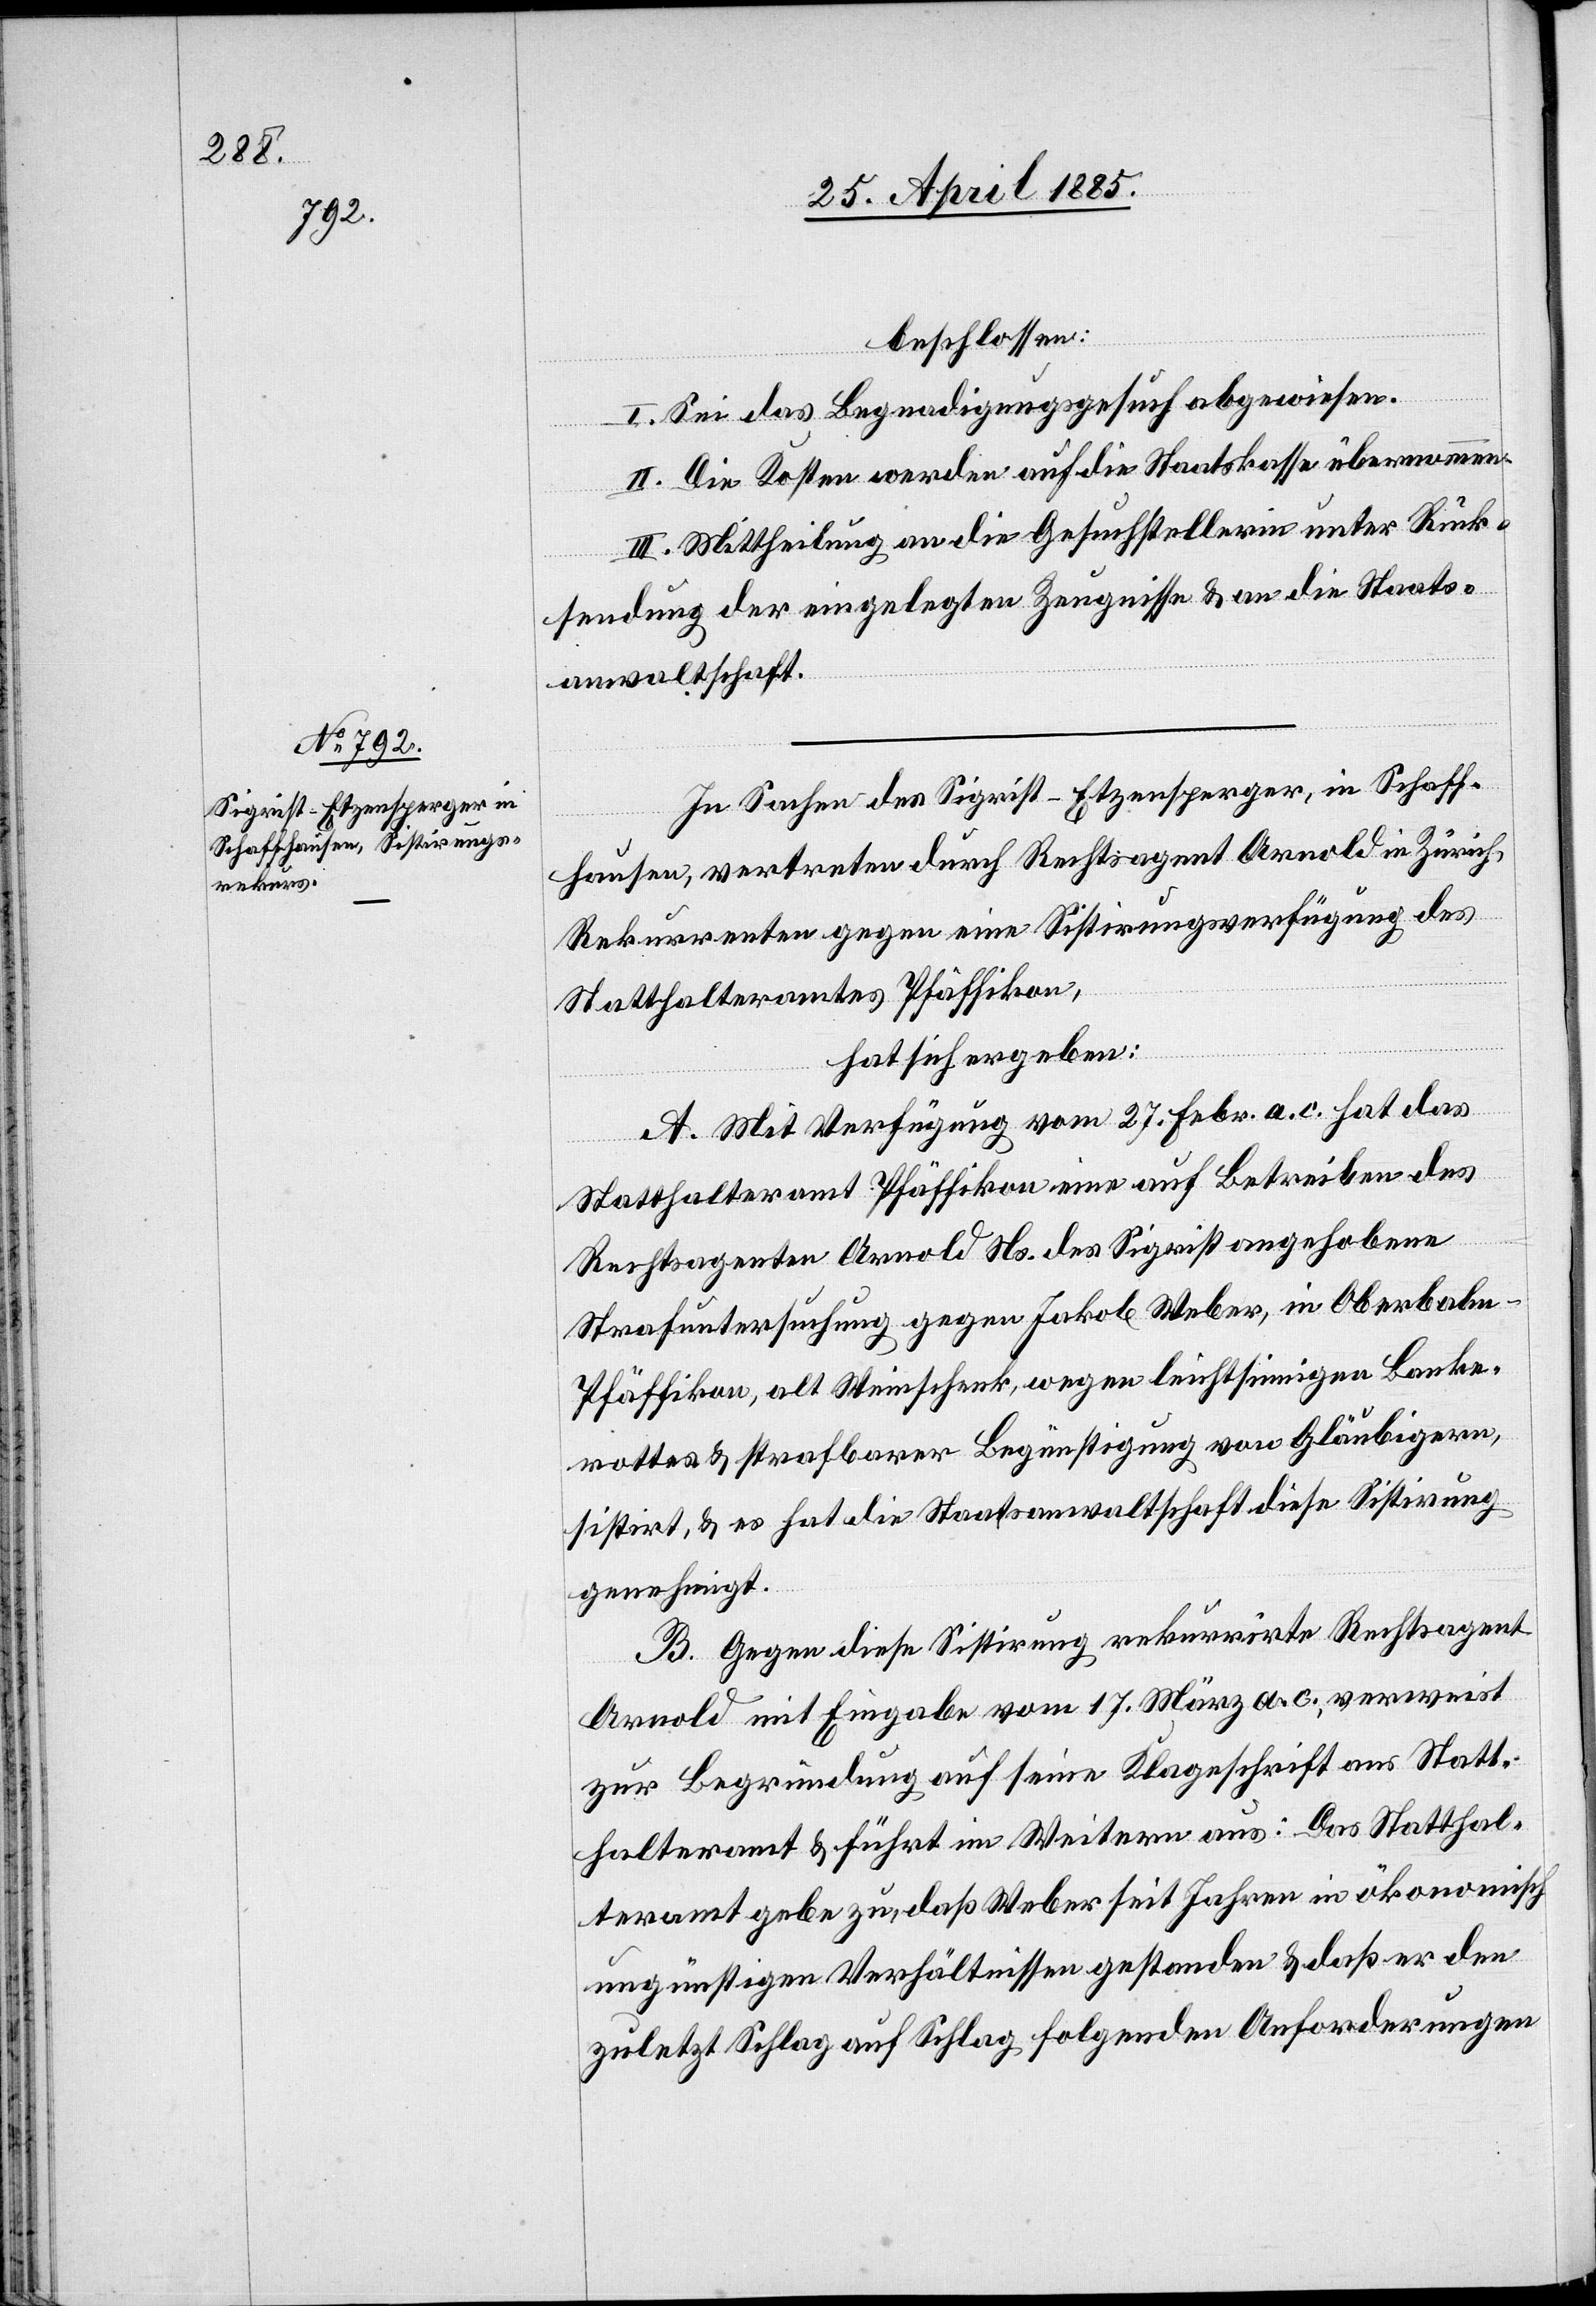
beschlossen:
I. Sei das Begnadigungsgesuch abgewiesen.
II. Die Kosten werden auf die Staatskasse übernommen.
III. Mittheilung an die Gesuchstellerin unter Rück¬
sendung der eingelegten Zeugnisse & an die Staats¬
anwaltschaft.
In Sachen des Sigrist-Etzensperger, in Schaff¬
hausen, vertreten durch Rechtsagent Arnold in Zürich,
Rekurrenten gegen eine Sistirungsverfügung des
Statthalteramtes Pfäffikon,
hat sich ergeben:
A. Mit Verfügung vom 27. Febr. a. c hat das
Statthalteramt Pfäffikon eine auf Betreiben des
Rechtsagenten Arnold Ns. des Sigrist angehobene
Strafuntersuchung gegen Jakob Weber, in Oberbalm
Pfäffikon, alt Weinschenk, wegen leichtsinnigen Banke¬
rottes & strafbarer Begünstigung von Gläubigern,
sistirt, & es hat die Staatsanwaltschaft diese Sistirung
genehmigt.
B. Gegen diese Sistirung rekurrirte Rechtsagent
Arnold mit Eingabe vom 17. März a. c., verweist
zur Begründung auf seine Klageschrift ans Statt¬
halteramt & führt im Weitern aus: Das Statthal¬
teramt gebe zu, daß Weber seit Jahren in ökonomisch
ungünstigen Verhältnissen gestanden & daß er den
zuletzt Schlag auf Schlag folgenden Anforderungen